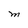
Character: M